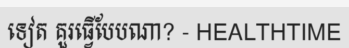
ទៀត គួរធ្វើបែបណា? - HEALTHTIME